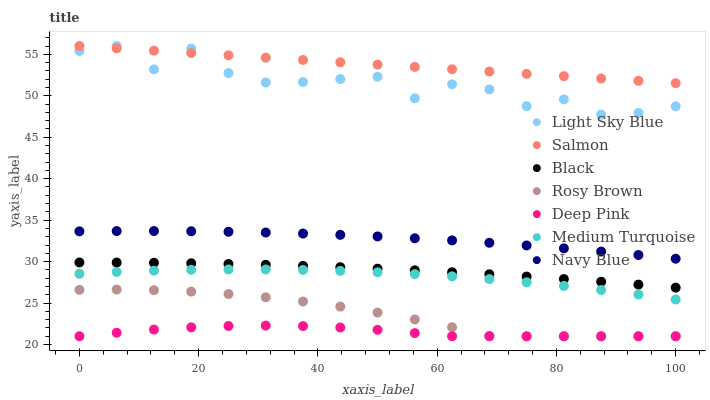
| xaxis_label | Light Sky Blue | Salmon | Black | Rosy Brown | Deep Pink | Medium Turquoise | Navy Blue |
 | --- | --- | --- | --- | --- | --- | --- | --- |
 | 0 | 55.4 | 56 | 29.9 | 26.6 | 21 | 28.5 | 33.6 |
 | 6.25 | 56 | 55.7 | 29.9 | 26.6 | 21.4 | 28.7 | 33.7 |
 | 12.5 | 53.2 | 55.4 | 29.9 | 26.6 | 21.8 | 28.9 | 33.7 |
 | 18.8 | 55.7 | 55.2 | 29.8 | 26.4 | 22.1 | 29 | 33.7 |
 | 25 | 52.7 | 54.9 | 29.7 | 26.1 | 22.2 | 29.1 | 33.6 |
 | 31.2 | 51.6 | 54.6 | 29.6 | 25.7 | 22.3 | 29.1 | 33.5 |
 | 37.5 | 51.7 | 54.3 | 29.5 | 25.2 | 22.2 | 29 | 33.4 |
 | 43.8 | 52 | 54 | 29.3 | 24.6 | 22.1 | 28.9 | 33.2 |
 | 50 | 52.3 | 53.8 | 29.2 | 23.9 | 21.8 | 28.7 | 33 |
 | 56.2 | 49.7 | 53.5 | 28.9 | 23 | 21.4 | 28.5 | 32.8 |
 | 62.5 | 51.4 | 53.2 | 28.7 | 22.1 | 21 | 28.2 | 32.6 |
 | 68.8 | 50.8 | 52.9 | 28.5 | 21 | 21 | 27.9 | 32.3 |
 | 75 | 48.7 | 52.6 | 28.2 | 21 | 21 | 27.5 | 32 |
 | 81.2 | 49.6 | 52.4 | 27.9 | 21 | 21 | 27.1 | 31.6 |
 | 87.5 | 47.7 | 52.1 | 27.6 | 21 | 21 | 26.6 | 31.2 |
 | 93.8 | 47.9 | 51.8 | 27.2 | 21 | 21 | 26 | 30.8 |
 | 100 | 48.7 | 51.5 | 26.9 | 21 | 21 | 25.4 | 30.3 |